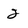
Character: 2